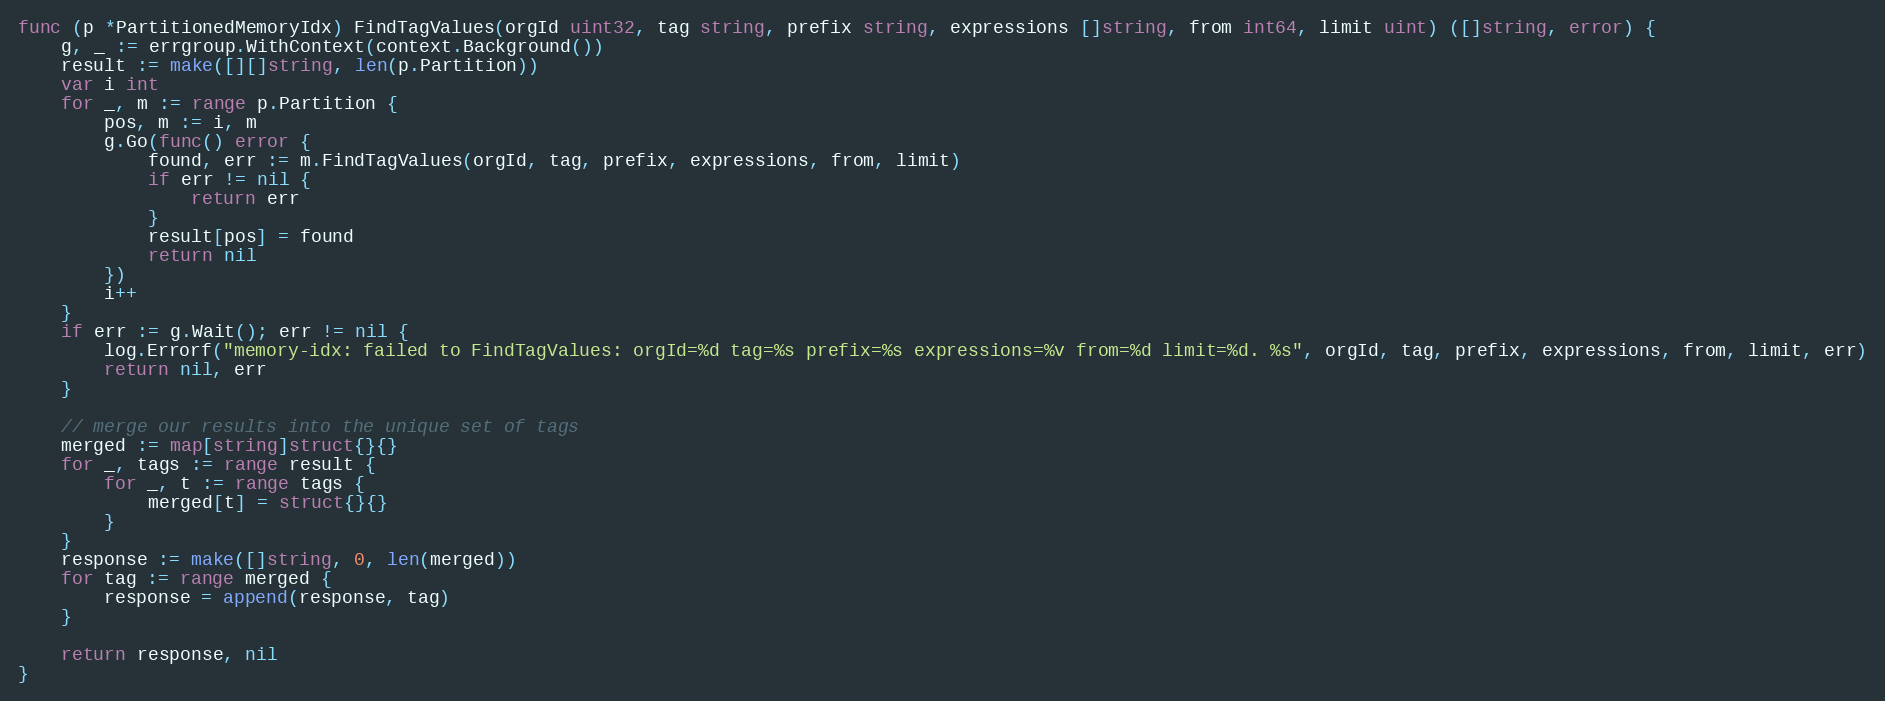
Language: Go
func (p *PartitionedMemoryIdx) FindTagValues(orgId uint32, tag string, prefix string, expressions []string, from int64, limit uint) ([]string, error) {
	g, _ := errgroup.WithContext(context.Background())
	result := make([][]string, len(p.Partition))
	var i int
	for _, m := range p.Partition {
		pos, m := i, m
		g.Go(func() error {
			found, err := m.FindTagValues(orgId, tag, prefix, expressions, from, limit)
			if err != nil {
				return err
			}
			result[pos] = found
			return nil
		})
		i++
	}
	if err := g.Wait(); err != nil {
		log.Errorf("memory-idx: failed to FindTagValues: orgId=%d tag=%s prefix=%s expressions=%v from=%d limit=%d. %s", orgId, tag, prefix, expressions, from, limit, err)
		return nil, err
	}

	// merge our results into the unique set of tags
	merged := map[string]struct{}{}
	for _, tags := range result {
		for _, t := range tags {
			merged[t] = struct{}{}
		}
	}
	response := make([]string, 0, len(merged))
	for tag := range merged {
		response = append(response, tag)
	}

	return response, nil
}